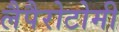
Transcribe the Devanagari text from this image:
लैपैरोटोमी